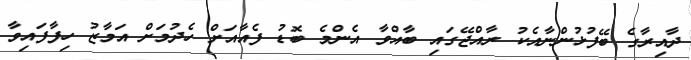
ދާއިރާގެ ބޭފުޅުންނާއެކު ރާއްޖޭގައި ބާއްވާ އެންމެ ބޮޑު ފެއާއަށް ހެދުމަށް އަމާޒު ހިފާފައިވާ